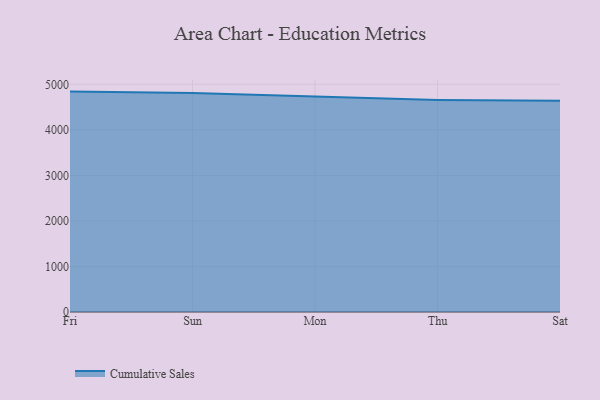
{"axis": {"x": "Day", "y": "Temperature (°C)"}, "legend": ["Cumulative Sales"], "data": [{"x": "Fri", "y": 4840.4, "type": "Cumulative Sales"}, {"x": "Sun", "y": 4810.2, "type": "Cumulative Sales"}, {"x": "Mon", "y": 4735.2, "type": "Cumulative Sales"}, {"x": "Thu", "y": 4657.4, "type": "Cumulative Sales"}, {"x": "Sat", "y": 4637.3, "type": "Cumulative Sales"}]}